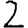
Digit: 2